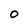
Character: O